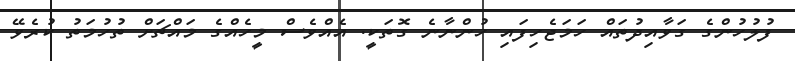
ފުލުހުންގެ ގަވާއިދުތައް ހަމަޖެހިފައި ހުންނާނެ ގޮތަކީ. އެއްވެސް މީހެއްގެ މައްޗަށް ތުހުމަތު ކުރެވޭ